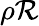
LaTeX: \rho\mathcal{R}